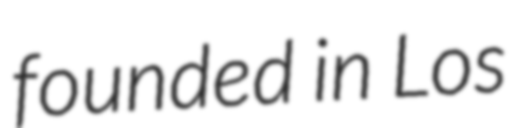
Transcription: founded in Los